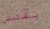
بقصص